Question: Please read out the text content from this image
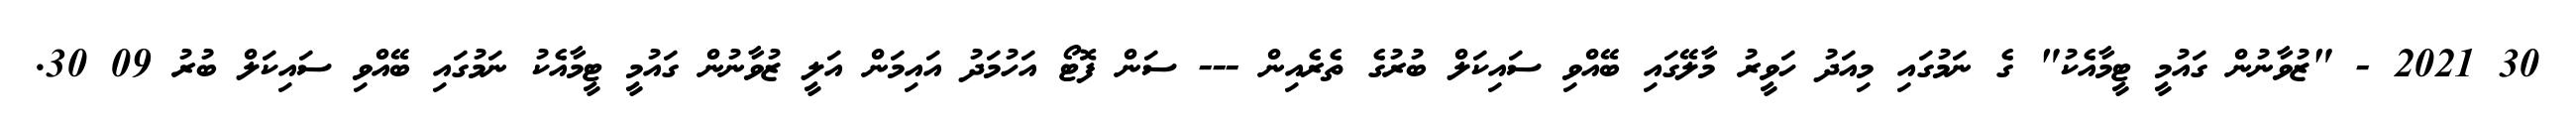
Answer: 30 2021 - "ޒުވާނުން ގައުމީ ޓީމާއެކު" ގެ ނަމުގައި މިއަދު ހަވީރު މާލޭގައި ބޭއްވި ސައިކަލް ބުރުގެ ތެރެއިން --- ސަން ފޮޓޯ އަހުމަދު އައިމަން އަލީ ޒުވާނުން ގައުމީ ޓީމާއެކު ނަމުގައި ބޭއްވި ސައިކަލް ބުރު 09 30.